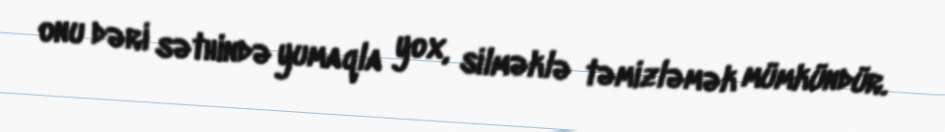
onu dəri səthində yumaqla yox, silməklə təmizləmək mümkündür.